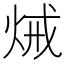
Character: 𤈪